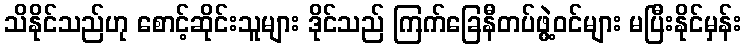
သိနိုင်သည်ဟု စောင့်ဆိုင်းသူများ ဒိုင်သည် ကြက်ခြေနီတပ်ဖွဲ့ဝင်များ မပြီးနိုင်မှန်း